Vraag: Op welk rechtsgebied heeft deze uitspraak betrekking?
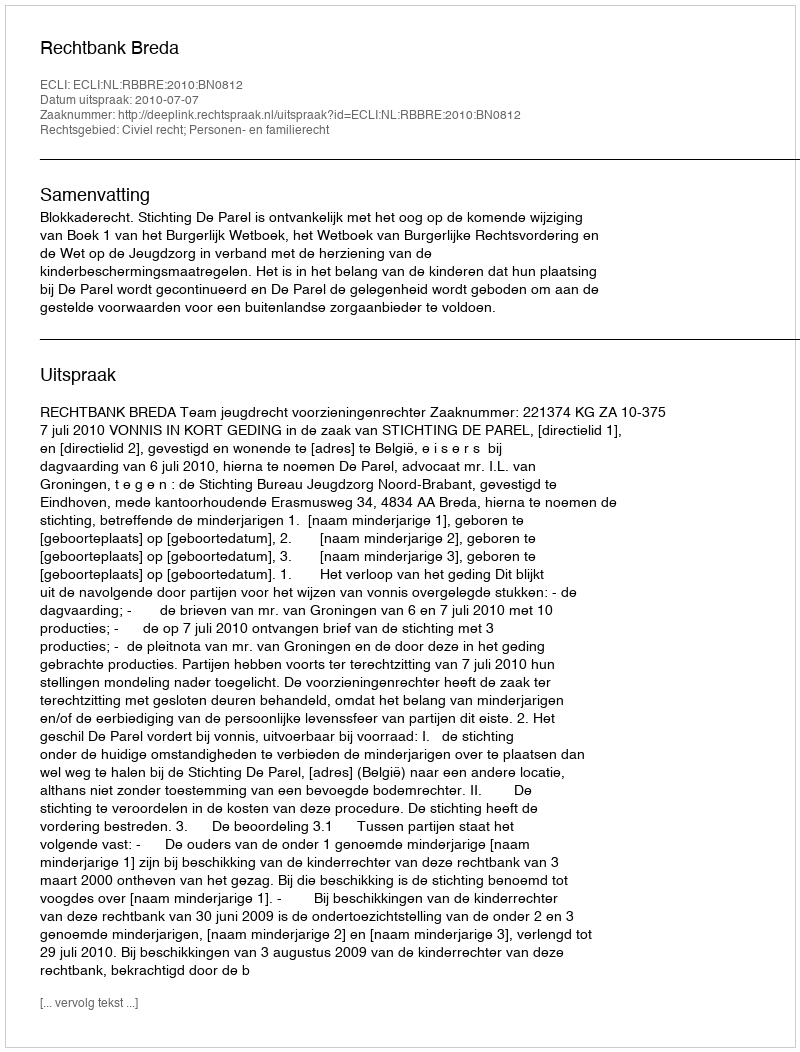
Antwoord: Civiel recht; Personen- en familierecht